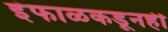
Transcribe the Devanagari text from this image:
इंफाळकडूनही